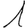
Digit: 1